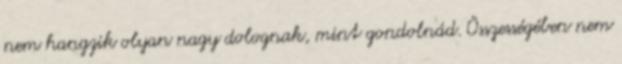
nem hangzik olyan nagy dolognak, mint gondolnád. Összességében nem